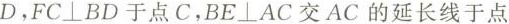
D，FC⊥BD于点C，BE⊥AC交AC的延长线于点